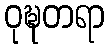
ဝုဍ္ဎတရာ